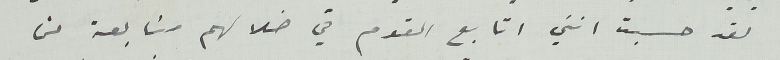
لقد حسبت انني اتابع القوم في ضلالهم متابعة من